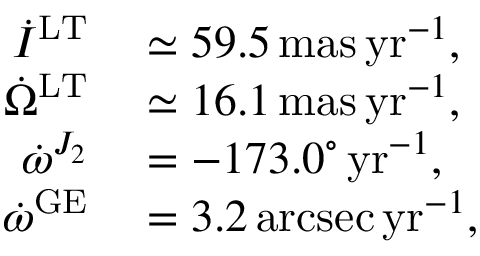
\begin{array} { r l } { \dot { I } ^ { \mathrm { L T } } } & { { } \simeq 5 9 . 5 \, \mathrm { m a s \, y r } ^ { - 1 } , } \\ { \dot { \Omega } ^ { \mathrm { L T } } } & { { } \simeq 1 6 . 1 \, \mathrm { m a s \, y r } ^ { - 1 } , } \\ { \dot { \omega } ^ { J _ { 2 } } } & { { } = - 1 7 3 . 0 ^ { \circ } \, \mathrm { y r } ^ { - 1 } , } \\ { \dot { \omega } ^ { \mathrm { G E } } } & { { } = 3 . 2 \, \mathrm { a r c s e c \, y r } ^ { - 1 } , } \end{array}